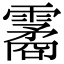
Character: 霱